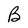
Character: B